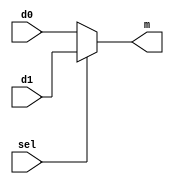
module MUX2_1( d0, d1, m, sel );
input [15:0] d0, d1;
input  sel;
output reg [15:0] m;

always@(*)

if( sel )
	m = d1;
else
	m = d0;
endmodule